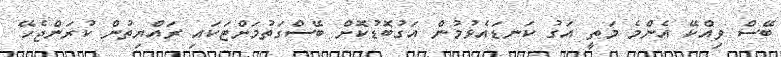
ބޭސް ވިއްކޭ އެންމެ މަތީ އަގު ކަނޑައެޅުމުން އަގުބޮޑުކޮށް ބޭސްގަތުމަށްޓަކައި ރައްޔިތުން ކުރަންޖެހޭ